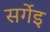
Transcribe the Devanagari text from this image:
सर्गेइ